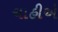
ચાહીએ